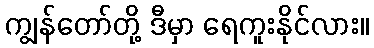
ကျွန်တော်တို့ ဒီမှာ ရေကူးနိုင်လား။